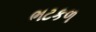
ભટકળ